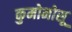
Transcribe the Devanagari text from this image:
कुमोनोसू